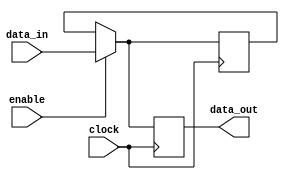
module VariableWidthBypassRegister (
    input wire [7:0] data_in,
    input wire enable,
    input wire clock,
    output reg [7:0] data_out 
);

reg [7:0] storage_reg;

always @(posedge clock) begin
    if(enable) begin
        storage_reg <= data_in;
    end
end

always @(posedge clock) begin
    if(!enable) begin
        data_out <= storage_reg;
    end else begin
        data_out <= data_in;
    end
end

endmodule